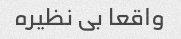
واقعا بی نظیره